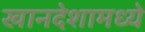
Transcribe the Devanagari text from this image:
खानदेशामध्ये